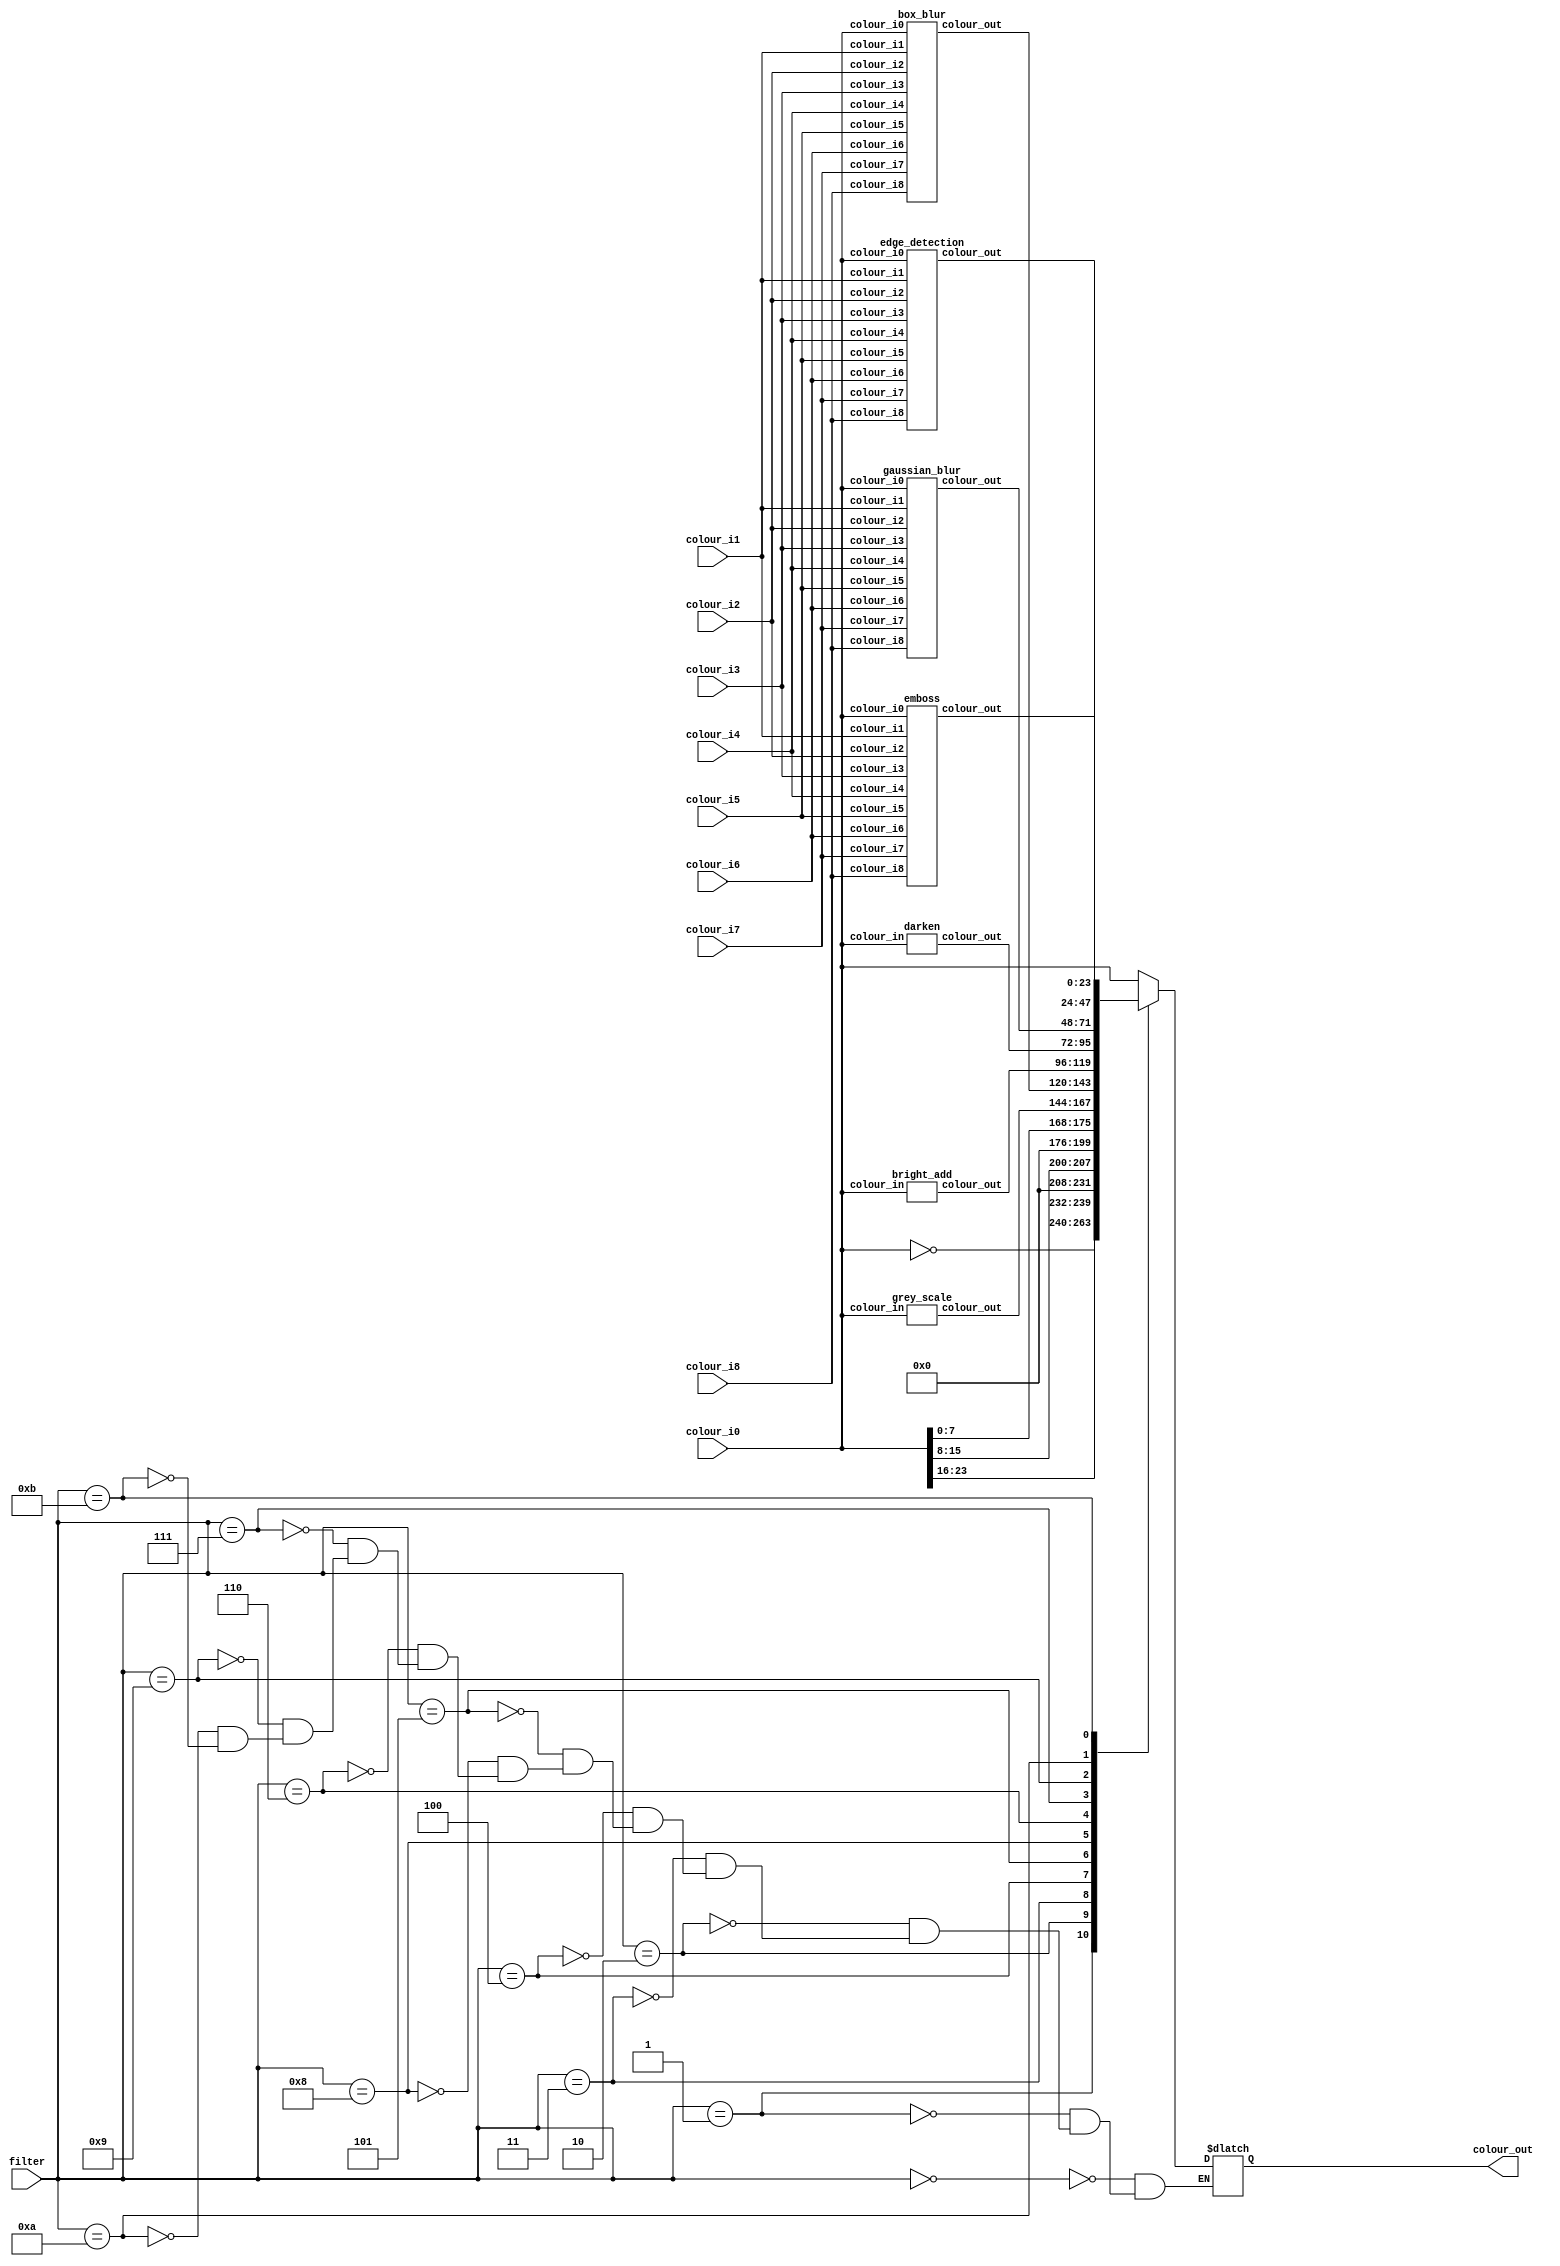
// Image processing module
// SW[9:7] filter option
module image_process(
	input [4:0]filter,
	input [23:0]colour_i0,
	input [23:0]colour_i1,
	input [23:0]colour_i2,
	input [23:0]colour_i3,
	input [23:0]colour_i4,
	input [23:0]colour_i5,
	input [23:0]colour_i6,
	input [23:0]colour_i7,
	input [23:0]colour_i8,
	output reg[23:0]colour_out);
	
	
	// Filter options (USER MANUAL!) SW[4:0]
	localparam 
		ORIGIN = 5'd0, // 00000
		INVERT = 5'd1, // 00001
		R_FILTER = 5'd2, // 00010
		G_FILTER = 5'd3, // 00011
		B_FILTER = 5'd4, // 00100
		GREY_SCALE = 5'd5, // 00101
		BRIGHTEN = 5'd6, // 00110
		DARKEN = 5'd7, //00111
		BLUR = 5'd8, // 01000
		GBLUR = 5'd9, // 01001
		SOBEL_EDGE = 5'd10, // 01010 
		EMBOSS = 5'd11; // 01011
		
	
	wire [23:0]colour_grey;
	wire [23:0]bright, dark;
	wire [23:0]box_blur, gaussian_blur, edge_detection, emboss;
	
	always@(*)begin
		case(filter[4:0])
			ORIGIN: colour_out = colour_i0;
			INVERT: colour_out = ~colour_i0;
			R_FILTER: colour_out = {colour_i0[23:16], 16'd0};
			G_FILTER: colour_out = {8'd0, colour_i0[15:8], 8'd0};
			B_FILTER: colour_out = {16'd0, colour_i0[7:0]};
			GREY_SCALE: colour_out = colour_grey;
			BLUR: colour_out = box_blur;
			BRIGHTEN: colour_out = bright;
			DARKEN: colour_out = dark;
			GBLUR: colour_out = gaussian_blur;
			SOBEL_EDGE: colour_out = edge_detection; 
			EMBOSS: colour_out = emboss; 
		endcase
	end 
	

	
	grey_scale g0(.colour_in(colour_i0), .colour_out(colour_grey));
	bright_add g1(.colour_in(colour_i0), .colour_out(bright));
	darken g2(.colour_in(colour_i0), .colour_out(dark));
	
	box_blur g3(
		.colour_i0(colour_i0),
		.colour_i1(colour_i1),
		.colour_i2(colour_i2),
		.colour_i3(colour_i3),
		.colour_i4(colour_i4),
		.colour_i5(colour_i5),
		.colour_i6(colour_i6),
		.colour_i7(colour_i7),
		.colour_i8(colour_i8),
		.colour_out(box_blur));
	
	gaussian_blur g4(
		.colour_i0(colour_i0),
		.colour_i1(colour_i1),
		.colour_i2(colour_i2),
		.colour_i3(colour_i3),
		.colour_i4(colour_i4),
		.colour_i5(colour_i5),
		.colour_i6(colour_i6),
		.colour_i7(colour_i7),
		.colour_i8(colour_i8),
		.colour_out(gaussian_blur));
		
	edge_detection g5(
		.colour_i0(colour_i0),
		.colour_i1(colour_i1),
		.colour_i2(colour_i2),
		.colour_i3(colour_i3),
		.colour_i4(colour_i4),
		.colour_i5(colour_i5),
		.colour_i6(colour_i6),
		.colour_i7(colour_i7),
		.colour_i8(colour_i8),
		.colour_out(edge_detection));
	
	emboss g6(
		.colour_i0(colour_i0),
		.colour_i1(colour_i1),
		.colour_i2(colour_i2),
		.colour_i3(colour_i3),
		.colour_i4(colour_i4),
		.colour_i5(colour_i5),
		.colour_i6(colour_i6),
		.colour_i7(colour_i7),
		.colour_i8(colour_i8),
		.colour_out(emboss));
	
endmodule



module grey_scale(
	input [23:0]colour_in,
	output [23:0]colour_out);
	
	wire [7:0]r_in, g_in, b_in;
	wire [7:0]r_out, g_out, b_out;
	
	assign r_in = colour_in[23:16];
	assign g_in = colour_in[15:8];
	assign b_in = colour_in[7:0];
	
	assign r_out   = (r_in   != 0) ? (299*r_in/1000)+(587*g_in/1000)+(114*b_in/1000) : 0;
	assign g_out = (g_in != 0) ? (299*r_in/1000)+(587*g_in/1000)+(114*b_in/1000) : 0;
	assign b_out  = (b_in  != 0) ? (299*r_in/1000)+(587*g_in/1000)+(114*b_in/1000) : 0;
	
	assign  colour_out = {r_out, g_out, b_out};

endmodule


module  bright_add    (
    input [23:0]colour_in,
	 output [23:0]colour_out
	 );
	 
    parameter black = 0;
    parameter white = 255;
	parameter threshold = 126;
	parameter value1 = 50;
	
	wire [7:0]r_in, g_in, b_in;
	assign r_in = colour_in[23:16];
	assign g_in = colour_in[15:8];
	assign b_in = colour_in[7:0];
	
	
	reg [7:0]r_out, g_out, b_out;	
	reg [15:0] tempR1, tempG1, tempB1;
	
	
	
	
	always@(*)
	begin
	
		tempR1 = r_in + value1;

	
	if (tempR1 > 255)
		r_out = white;
	else
		r_out = tempR1;
		

		tempG1 = g_in + value1;


	if (tempG1 > 255)
		g_out = white;
	else
		g_out = tempG1;
		

		tempB1 = b_in + value1;

	
	if (tempB1 > 255)
		b_out = white;
	else
		b_out = tempB1;
	
	 
	end
	
	assign  colour_out = {r_out, g_out, b_out};
	
endmodule

module  darken    (
    input [23:0]colour_in,
	 output [23:0]colour_out
	 );
	 
    parameter black = 0;
    parameter white = 255;
	parameter threshold = 126;
	parameter value1 = 50;
	
	wire [7:0]r_in, g_in, b_in;
	assign r_in = colour_in[23:16];
	assign g_in = colour_in[15:8];
	assign b_in = colour_in[7:0];
	
	
	reg [7:0]r_out, g_out, b_out;	
	reg [15:0] tempR1, tempG1, tempB1;
	
	
	
	
	always@(*)
	begin
	
		tempR1 = r_in - value1;
	if (tempR1[8] == 1)
	r_out = 0;
	else
	r_out = tempR1;

	tempG1 = g_in - value1;
	if (tempG1[8] == 1)
	g_out = 0;
	else
	g_out = tempG1;

	tempB1 = b_in - value1;
	if (tempB1[8] == 1)
	b_out = 0;
	else
	b_out = tempB1;
	
	 
	end
	
	assign  colour_out = {r_out, g_out, b_out};
	
endmodule


/*
0 1 2
3 4 5
6 7 8

*/

module box_blur(
	input [23:0]colour_i0,
	input [23:0]colour_i1,
	input [23:0]colour_i2,
	input [23:0]colour_i3,
	input [23:0]colour_i4,
	input [23:0]colour_i5,
	input [23:0]colour_i6,
	input [23:0]colour_i7,
	input [23:0]colour_i8,
	output [23:0]colour_out);
	
	wire[7:0]red0, red1, red2, red3, red4, red5, red6, red7, red8;
	wire[7:0]green0, green1, green2, green3, green4, green5, green6, green7, green8;
	wire[7:0]blue0, blue1, blue2, blue3, blue4, blue5, blue6, blue7, blue8;
	
	wire[31:0] red_x, green_x, blue_x;
	
	assign red0 = colour_i0[23:16];
	assign red1 = colour_i1[23:16];
	assign red2 = colour_i2[23:16];
	assign red3 = colour_i3[23:16];
	assign red4 = colour_i4[23:16];
	assign red5 = colour_i5[23:16];
	assign red6 = colour_i6[23:16];
	assign red7 = colour_i7[23:16];
	assign red8 = colour_i8[23:16];
	
	assign green0 = colour_i0[15:8];
	assign green1 = colour_i1[15:8];
	assign green2 = colour_i2[15:8];
	assign green3 = colour_i3[15:8];
	assign green4 = colour_i4[15:8];
	assign green5 = colour_i5[15:8];
	assign green6 = colour_i6[15:8];
	assign green7 = colour_i7[15:8];
	assign green8 = colour_i8[15:8];
	
	assign blue0 = colour_i0[7:0];
	assign blue1 = colour_i1[7:0];
	assign blue2 = colour_i2[7:0];
	assign blue3 = colour_i3[7:0];
	assign blue4 = colour_i4[7:0];
	assign blue5 = colour_i5[7:0];
	assign blue6 = colour_i6[7:0];
	assign blue7 = colour_i7[7:0];
	assign blue8 = colour_i8[7:0];
	
	
	assign red_x = red0 + red1 + red2 + red3 + red4 + red5 + red6 + red7 + red8;
	assign green_x = green0 + green1 + green2 + green3 + green4 + green5 + green6 + green7 + green8;
	assign blue_x = blue0 + blue1 + blue2 + blue3 + blue4 + blue5 + blue6 + blue7 + blue8;
	
	assign colour_out[23:16] = red_x / 9;
	assign colour_out[15:8] = green_x / 9;
	assign colour_out[7:0] = blue_x / 9;

endmodule


module gaussian_blur(
	input [23:0]colour_i0,
	input [23:0]colour_i1,
	input [23:0]colour_i2,
	input [23:0]colour_i3,
	input [23:0]colour_i4,
	input [23:0]colour_i5,
	input [23:0]colour_i6,
	input [23:0]colour_i7,
	input [23:0]colour_i8,
	output [23:0]colour_out);
	
	wire[7:0]red0, red1, red2, red3, red4, red5, red6, red7, red8;
	wire[7:0]green0, green1, green2, green3, green4, green5, green6, green7, green8;
	wire[7:0]blue0, blue1, blue2, blue3, blue4, blue5, blue6, blue7, blue8;
	
	wire[31:0] red_x, green_x, blue_x;
	
	assign red0 = colour_i0[23:16];
	assign red1 = colour_i1[23:16];
	assign red2 = colour_i2[23:16];
	assign red3 = colour_i3[23:16];
	assign red4 = colour_i4[23:16];
	assign red5 = colour_i5[23:16];
	assign red6 = colour_i6[23:16];
	assign red7 = colour_i7[23:16];
	assign red8 = colour_i8[23:16];
	
	assign green0 = colour_i0[15:8];
	assign green1 = colour_i1[15:8];
	assign green2 = colour_i2[15:8];
	assign green3 = colour_i3[15:8];
	assign green4 = colour_i4[15:8];
	assign green5 = colour_i5[15:8];
	assign green6 = colour_i6[15:8];
	assign green7 = colour_i7[15:8];
	assign green8 = colour_i8[15:8];
	
	assign blue0 = colour_i0[7:0];
	assign blue1 = colour_i1[7:0];
	assign blue2 = colour_i2[7:0];
	assign blue3 = colour_i3[7:0];
	assign blue4 = colour_i4[7:0];
	assign blue5 = colour_i5[7:0];
	assign blue6 = colour_i6[7:0];
	assign blue7 = colour_i7[7:0];
	assign blue8 = colour_i8[7:0];
	
	/*
	|0 1 2| 1 2 1
	|3 4 5| 2 4 2 
	|6 7 8| 1 2 1
	*/
	assign red_x = red0 + 2*red1 + red2 + 2*red3 + 4*red4+ 2*red5+ red6 + 2*red7+ red8;
	assign green_x = green0 + 2*green1 + green2 + 2*green3 + 4*green4 + 2*green5 + green6 + 2*green7 + green8;
	assign blue_x = blue0 + 2*blue1 + blue2 + 2*blue3 + 4*blue4 + 2*blue5 + blue6 +2*blue7 + blue8; 

	assign colour_out[23:16]= red_x/16;
	assign colour_out[15:8]= green_x/16;
	assign colour_out[7:0]= blue_x/16;

endmodule 


// sobel edge detection
//        sobel edge detection 
      
//        | 1 0 -1 |           | 1 2 1 | 
//        | 2 0 -2 |           | 0 0 0 | 
//        | 1 0 -1 |           |-1 -2 -1 | 


module edge_detection(
	input [23:0]colour_i0,
	input [23:0]colour_i1,
	input [23:0]colour_i2,
	input [23:0]colour_i3,
	input [23:0]colour_i4,
	input [23:0]colour_i5,
	input [23:0]colour_i6,
	input [23:0]colour_i7,
	input [23:0]colour_i8,
	output [23:0]colour_out);
	
	wire[7:0]red0, red1, red2, red3, red4, red5, red6, red7, red8;
	wire[7:0]green0, green1, green2, green3, green4, green5, green6, green7, green8;
	wire[7:0]blue0, blue1, blue2, blue3, blue4, blue5, blue6, blue7, blue8;
	
	wire[31:0] red_x, blue_x;
	reg[31:0] green_x;
	
	assign red0 = colour_i0[23:16];
	assign red1 = colour_i1[23:16];
	assign red2 = colour_i2[23:16];
	assign red3 = colour_i3[23:16];
	assign red4 = colour_i4[23:16];
	assign red5 = colour_i5[23:16];
	assign red6 = colour_i6[23:16];
	assign red7 = colour_i7[23:16];
	assign red8 = colour_i8[23:16];
	
	assign green0 = colour_i0[15:8];
	assign green1 = colour_i1[15:8];
	assign green2 = colour_i2[15:8];
	assign green3 = colour_i3[15:8];
	assign green4 = colour_i4[15:8];
	assign green5 = colour_i5[15:8];
	assign green6 = colour_i6[15:8];
	assign green7 = colour_i7[15:8];
	assign green8 = colour_i8[15:8];
	
	assign blue0 = colour_i0[7:0];
	assign blue1 = colour_i1[7:0];
	assign blue2 = colour_i2[7:0];
	assign blue3 = colour_i3[7:0];
	assign blue4 = colour_i4[7:0];
	assign blue5 = colour_i5[7:0];
	assign blue6 = colour_i6[7:0];
	assign blue7 = colour_i7[7:0];
	assign blue8 = colour_i8[7:0];

//        | 1 0 -1 |           | 1 2 1 | 
//        | 2 0 -2 |           | 0 0 0 | 
//        | 1 0 -1 |           |-1 -2 -1 | 
//    | 0 1 2 |
//    | 3 4 5 |
//    | 6 7 8 |
	assign red_x = red0 - red2 +2*red3 -2*red5 + red6 - red8;
	assign blue_x = red0 +2*red1 + red2 - red6 - 2*red7 - red8;
	
	always@(*)begin
	
	 if(red_x > 1024 & blue_x > 1024)begin 
		green_x = -(red_x + blue_x)/2; 
    end else if(red_x > 1024 & blue_x < 1024)begin 
      green_x = (-red_x  + blue_x)/2; 
    end else if(red_x < 1024 & blue_x < 1024)begin 
      green_x = (red_x + blue_x)/2; 
    end else begin 
      green_x = (red_x - blue_x)/2; 
    end 
	 
	end
	
	assign colour_out[23:16] = green_x;
	assign colour_out[15:8] = green_x;
	assign colour_out[7:0] = green_x;
	

endmodule 



module emboss(
 input [23:0]colour_i0,
 input [23:0]colour_i1,
 input [23:0]colour_i2,
 input [23:0]colour_i3,
 input [23:0]colour_i4,
 input [23:0]colour_i5,
 input [23:0]colour_i6,
 input [23:0]colour_i7,
 input [23:0]colour_i8,
 output reg [23:0]colour_out);

 wire[7:0]red0, red1, red2, red3, red4, red5, red6, red7, red8;
 wire[7:0]green0, green1, green2, green3, green4, green5, green6, green7, green8;
 wire[7:0]blue0, blue1, blue2, blue3, blue4, blue5, blue6, blue7, blue8;

 wire[31:0] red_x;

 assign red0 = colour_i0[23:16];
 assign red1 = colour_i1[23:16];
 assign red2 = colour_i2[23:16];
 assign red3 = colour_i3[23:16];
 assign red4 = colour_i4[23:16];
 assign red5 = colour_i5[23:16];
 assign red6 = colour_i6[23:16];
 assign red7 = colour_i7[23:16];
 assign red8 = colour_i8[23:16];

 assign green0 = colour_i0[15:8];
 assign green1 = colour_i1[15:8];
 assign green2 = colour_i2[15:8];
 assign green3 = colour_i3[15:8];
 assign green4 = colour_i4[15:8];
 assign green5 = colour_i5[15:8];
 assign green6 = colour_i6[15:8];
 assign green7 = colour_i7[15:8];
 assign green8 = colour_i8[15:8];

 assign blue0 = colour_i0[7:0];
 assign blue1 = colour_i1[7:0];
 assign blue2 = colour_i2[7:0];
 assign blue3 = colour_i3[7:0];
 assign blue4 = colour_i4[7:0];
 assign blue5 = colour_i5[7:0];
 assign blue6 = colour_i6[7:0];
 assign blue7 = colour_i7[7:0];
 assign blue8 = colour_i8[7:0];

 /*
 |0 1 2| -2 -1 0
 |3 4 5| -1 1 1 
 |6 7 8|  0 1 2
 */
  assign red_x = red4 + red5 -red3 -red1 + 2*red8 - 2*red0;
  
  always@(*)begin
  
		 if (red_x > 1280)  begin
		 colour_out<=0;
		 end
		 else begin
		 colour_out[23:16] <= red_x;
		 colour_out[15:8] <= red_x;
		 colour_out[7:0] <= red_x;
		 end
  end


 endmodule